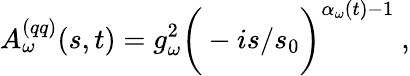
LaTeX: A_{\omega}^{(qq)}(s,t)=g_{\omega}^{2}\bigg(-i{s/s_{0}}\bigg)^{\alpha_{\omega}(t)-1}\ ,